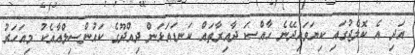
އަދި އެ ކޮލެޖުގައި ކިޔަވައިދޭނެ ހާއްސަ ދާއިރާތައް ކަނޑައަޅަން ދިއްދޫގެ ކައުންސިލްއާއެކު މިއަހަރު